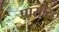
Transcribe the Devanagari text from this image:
पासोस